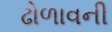
ઢોળાવની